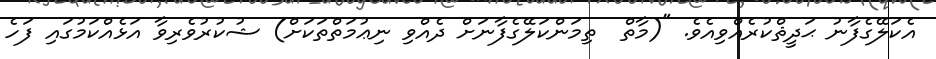
އެކަލޭގެފާނު ޙަދީޘްކުރެއްވިއެވެ. "(މާތް  ތިމަންކަލޭގެފާނަށް ދެއްވި ނިޢުމަތްތަކަށް) ޝުކުރުވެރިވާ އަޅެއްކަމުގައި ފަހެ